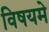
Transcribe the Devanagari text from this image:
विषयमे